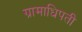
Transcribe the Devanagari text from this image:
ग्रामाधिपती